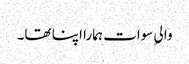
والیِ سوات ہمارا اپنا تھا۔